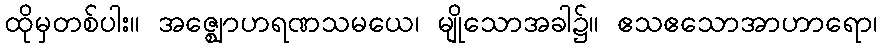
ထိုမှတစ်ပါး။ အဇ္ဈောဟရဏသမယေ၊ မျိုသောအခါ၌။ ဧသဧသောအာဟာရော၊